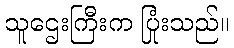
သူဌေးကြီးက ပြုံးသည်။